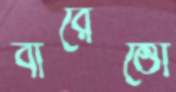
বারেত্তো